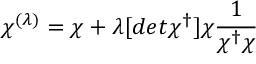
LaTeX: \chi ^ { ( \lambda ) } = \chi + \lambda [ d e t \chi ^ { \dagger } ] \chi { \frac { 1 } { \chi ^ { \dagger } \chi } }